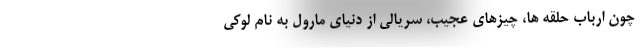
چون ارباب حلقه ها، چیزهای عجیب، سریالی از دنیای مارول به نام لوکی